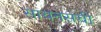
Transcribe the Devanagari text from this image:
सायनसची